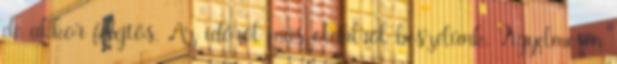
de akkor felejtős. Az időről más oldalról beszélünk. Figyelmesen